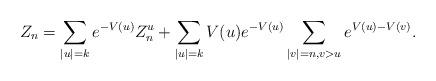
LaTeX: \begin{align*} Z_n = \sum_{|u|=k} e^{-V(u)} Z^u_{n} + \sum_{|u|=k} V(u)e^{-V(u)} \sum_{|v|=n,v>u} e^{V(u)-V(v)}.\end{align*}